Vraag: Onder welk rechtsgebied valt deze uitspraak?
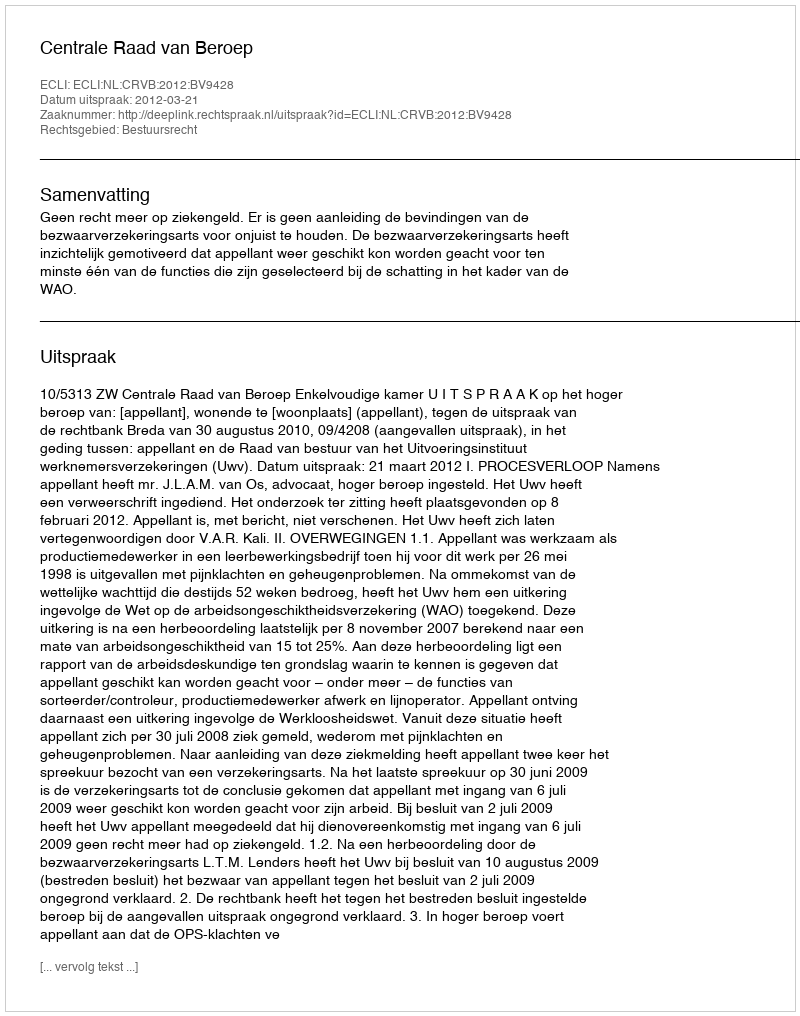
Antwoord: Bestuursrecht